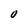
Character: O